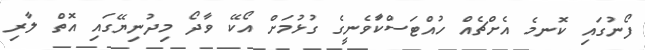
ފޯނުގައި ކޮނމެ އެށްޗެއް ހުއްޓަސްކާަވެނީގެ ގުޅުމަށް އޯކޭ ވާދޯ މިދުނިޔޭގައި އޮތް ލާރި